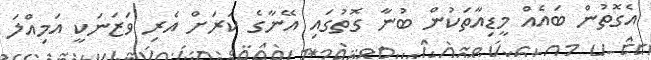
އެގޮތުން ބައެއް މީޑިއާތަކުން ބުނާ ގޮތުގައި އޭނާގެ ކަރަށް އެރި ވަޒަނަކީ އަމިއްލަ